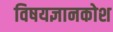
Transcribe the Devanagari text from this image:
विषयज्ञानकोश